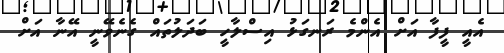
އެއީ ފީފާ އަށް އެންމެ ރަނގަޅު އިސްލާހީ ބަދަލުތައް ގެނެވޭނީ އޭނާ އަށް